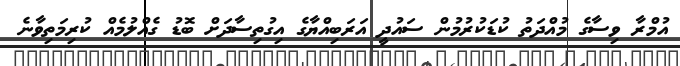
އުމްރާ ވިސާގެ މުއްދަތު ކުޑަކުރުމުން ސައުދީ އަރަބިއްޔާގެ އިގުތިސާދަށް ބޮޑު ގެއްލުމެއް ކުރިމަތިވާނެ